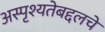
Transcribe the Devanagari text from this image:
अस्पृश्यतेबद्दलचे